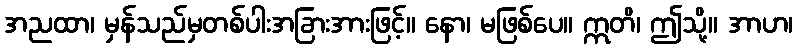
အညထာ၊ မှန်သည်မှတစ်ပါးအခြားအားဖြင့်။ နော၊ မဖြစ်ပေ။ ဣတိ၊ ဤသို့။ အာဟ၊